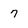
Character: 7